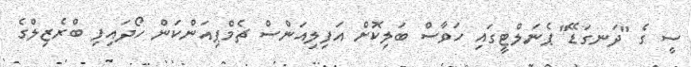
ސީ ގެ "ދަނގަޑޭ" ޕެނަލްޓީގައި ހަވާސް ބަލިކޮށް އަފިލިއަންސް ޗެމްޕިއަންކަން ހޯދައިފި ބްރެޒިލްގެ